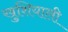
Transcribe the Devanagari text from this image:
खुशियाली